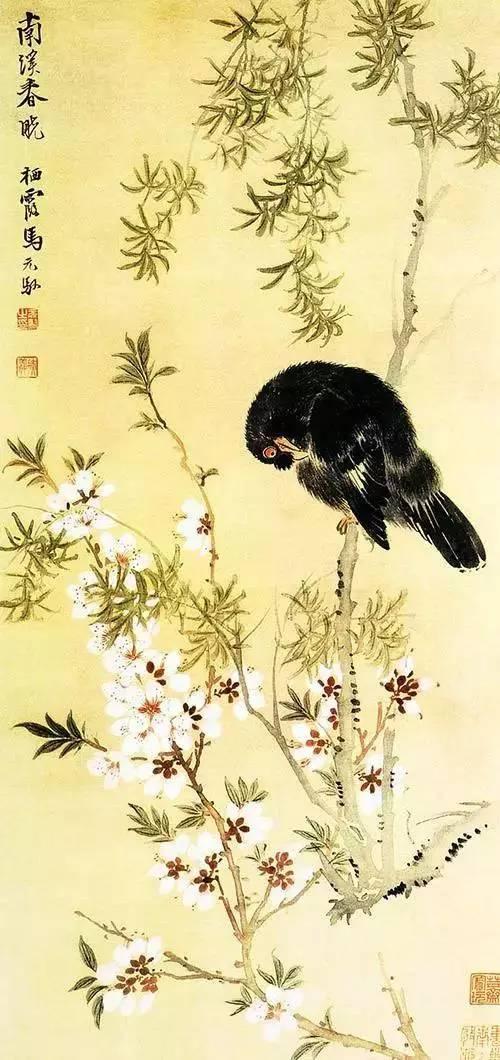
雨后轻寒犹未放。春愁酒病成惆怅。